画像に写った文字を読んでください
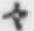
「々」と書いてあります